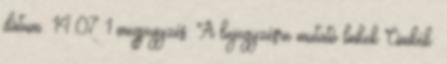
dátum: 14:07 1 megjegyzés: A bejegyzésre mutató linkek Címkék: